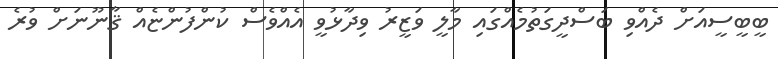
ބީބީސީއަށް ދެއްވި ބަސްދީގަތުމެއްގައި މާލީ ވަޒީރު ވިދާޅުވީ އެއްވެސް ކުންފުންޏެއް ޤާނޫނަށް ވުރެ